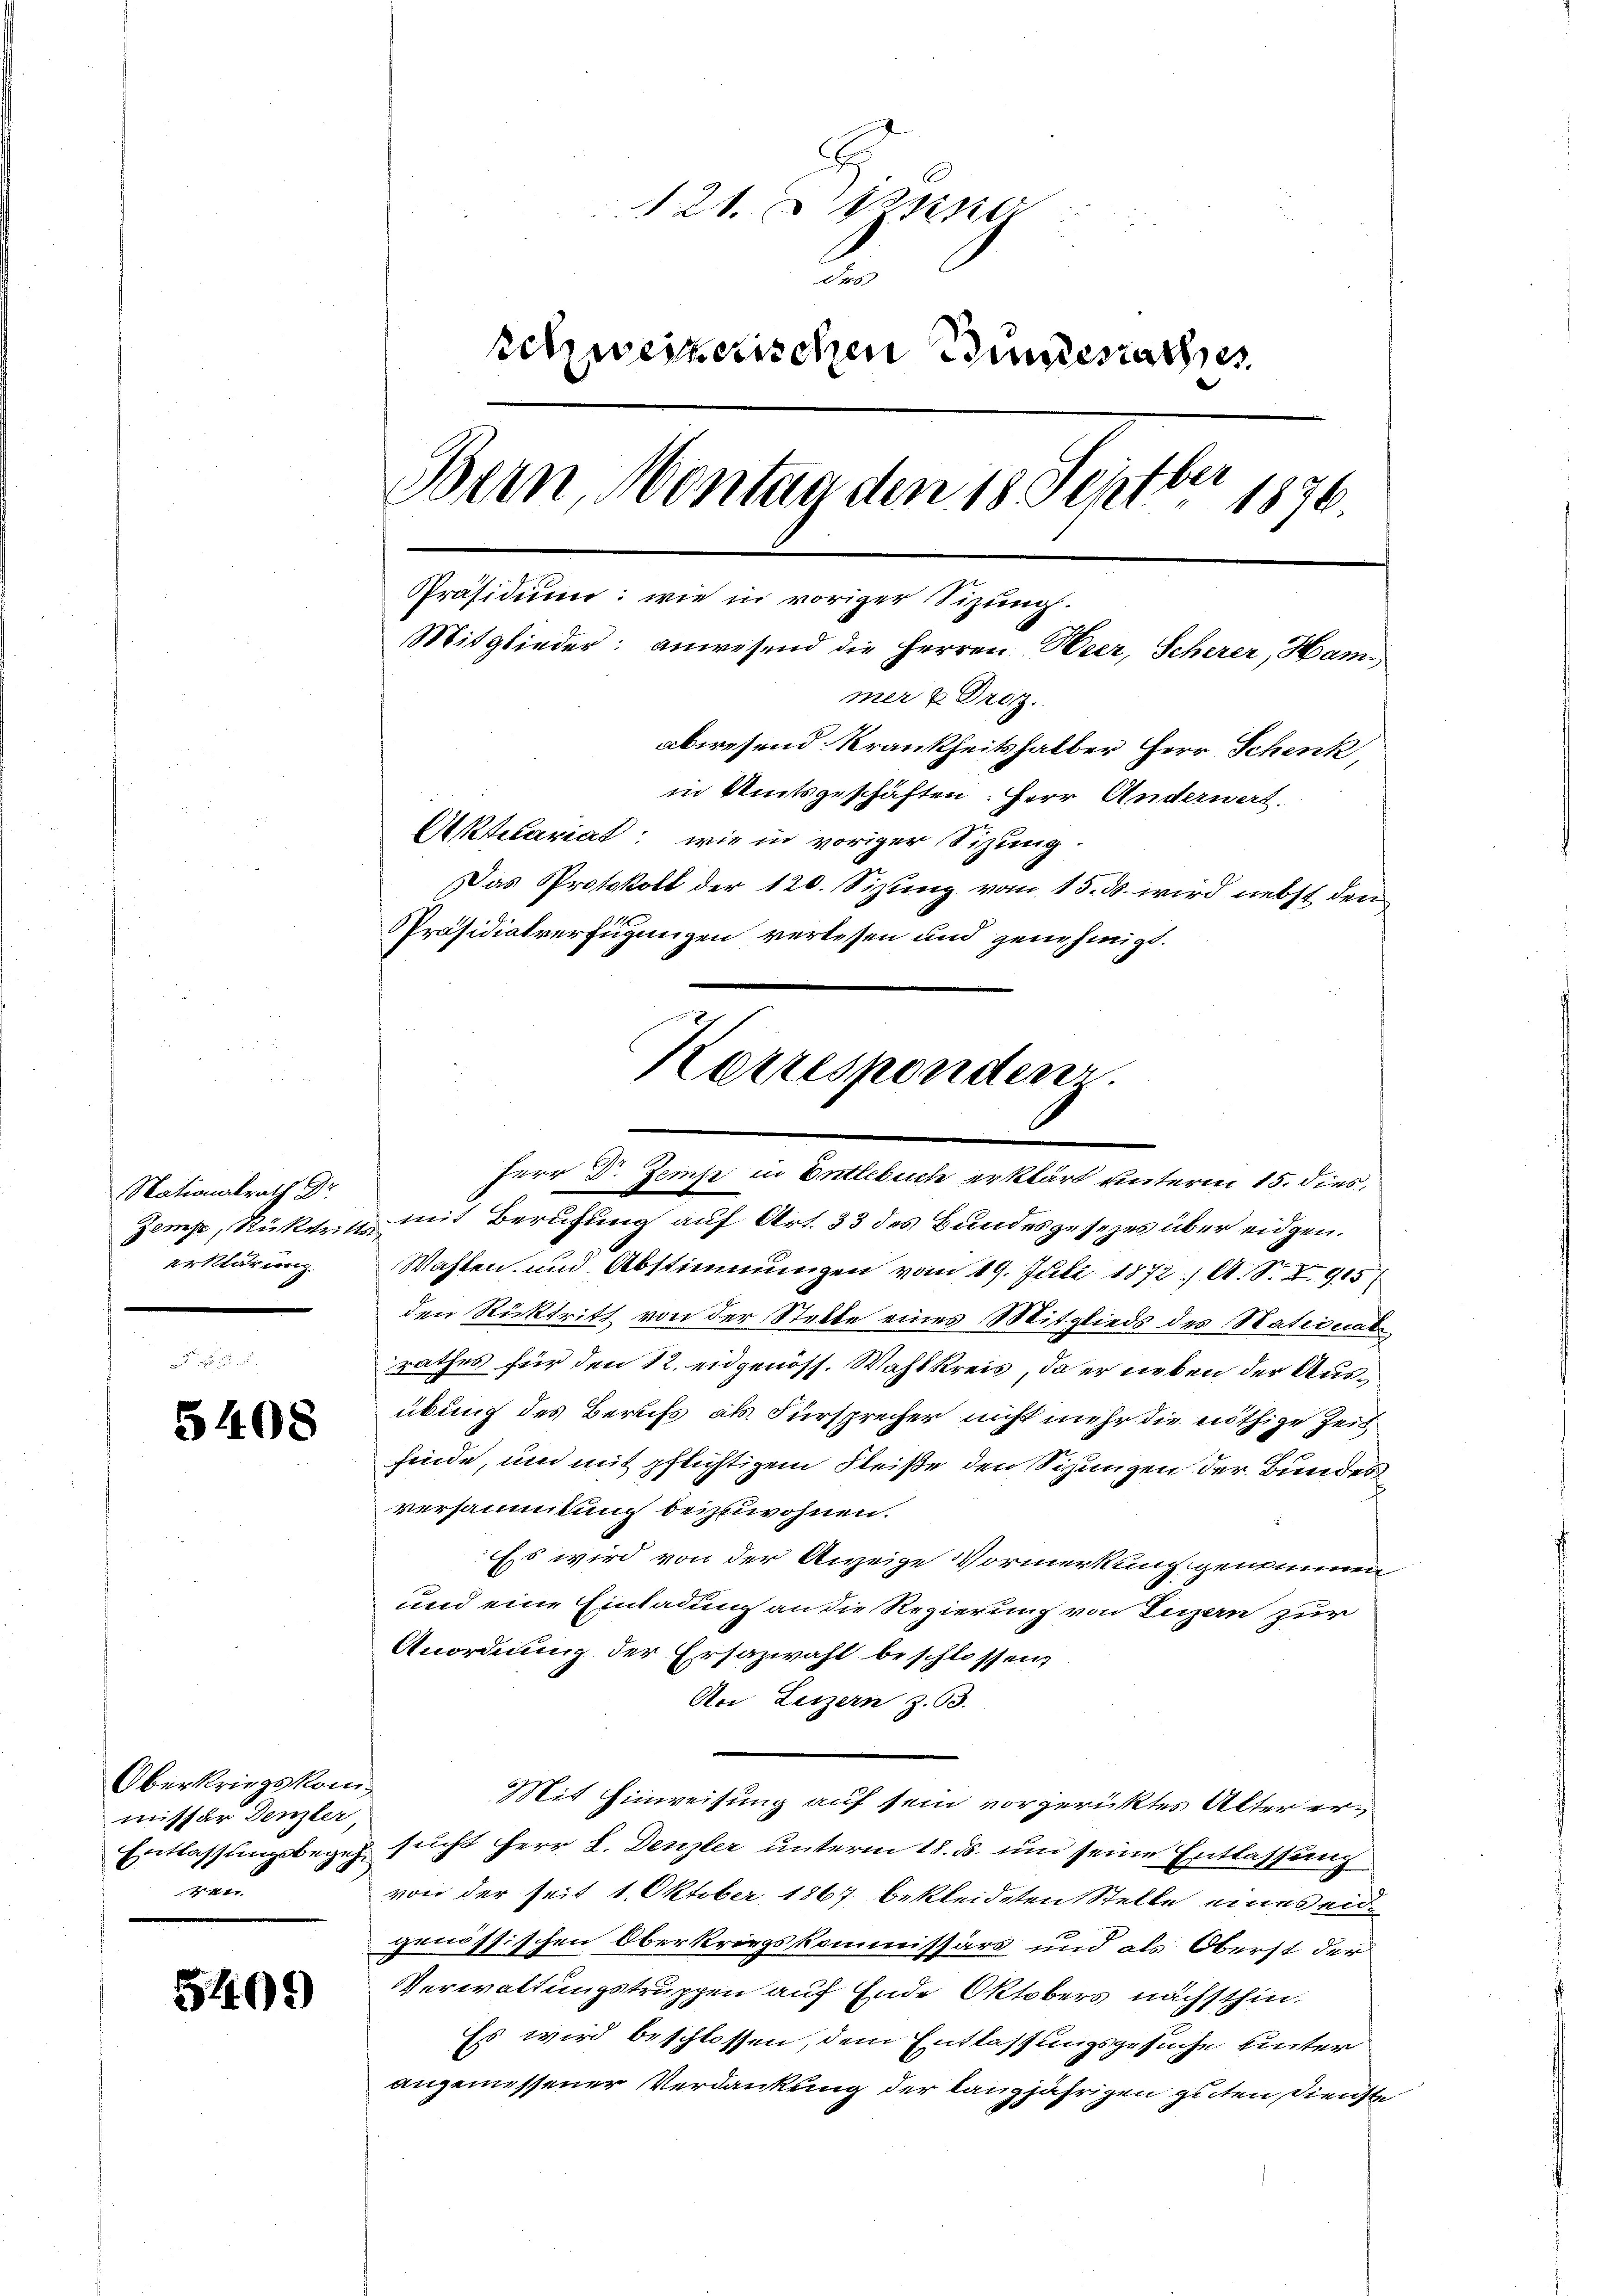
Nationalrath Dr.
Zemp, Rücktrit
erklärung.

5408

Oberkriegskommissar Denzler
Entlassungsbegeh¬
4411.

5409

121. eine
2
schweizerischen Bundesrathes
e
h
Bern, Montag den 18 Sept. 1876.
Präsidium: wie in voriger Sitzung.
Mitglieder: anwesend die Herren Heer, Scherer, Hammer u Droz.
abwesend Krankheitshalber Herr Schenk
in Amtsgeschäften: Herr Anderwert.
Akelariat: wie in voriger Sizung.
Das Protokoll der 120. Sizung vom 15. ds. wird nebst den
Präsidialverfügungen verlesen und genehmigt.
Korresponden

Herr Dr. Zems in Entlebuch erklärt unterm 15. dies,
mit Berufung auf Art. 33 des Bundesgesezes über eidgen.
Wahlen und Abstimmungen vom 19. Juli 1872 / A. S. Z. 915
den Rücktritt von der Stelle eines Mitglieds des Stationat
rathes für den 12. eidgenöss. Wahlkreis, da er neben der Ausübung des Berufs als Fürsprecher nicht mehr die nöthige Zeit
finde, und mit pflichtigem Fleiße den Schungen der Bundes
versammlung beizuwohnen.
Ess wird von der Anzeige Vormerkung genommen
und eine Einladung an die Regierung von Luzern zur
Anordnung der Ersazwahl beschlossen,
An Luzern z. 63.
Mit Einweisung auf sein vorgericktes Alter ersucht Herr L. Denzler unterm 18. ds. um seine Entlassung
von der seit 1. Oktober 1867 bekleideten Stelle eines eidgenössischen Oberkriegskommissärs und als Oberst der
Verwaltungstruppen auf Ende Oktobers nächsthin¬
Es wird beschlossen, dem Entlassungsgesuche unter
angemessener Verdankung der langjährigen guten Dienste